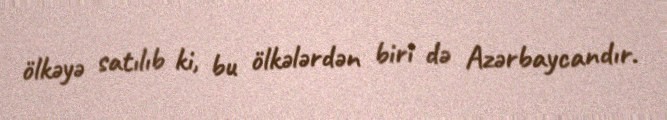
ölkəyə satılıb ki, bu ölkələrdən biri də Azərbaycandır.